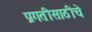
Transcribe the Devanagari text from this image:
प्रगतीसाठीचे